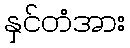
နှင်တံအား